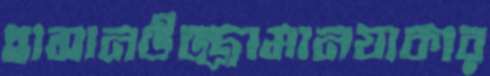
হাসানউজ্জামানযাকার